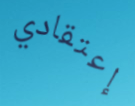
إعتقادي